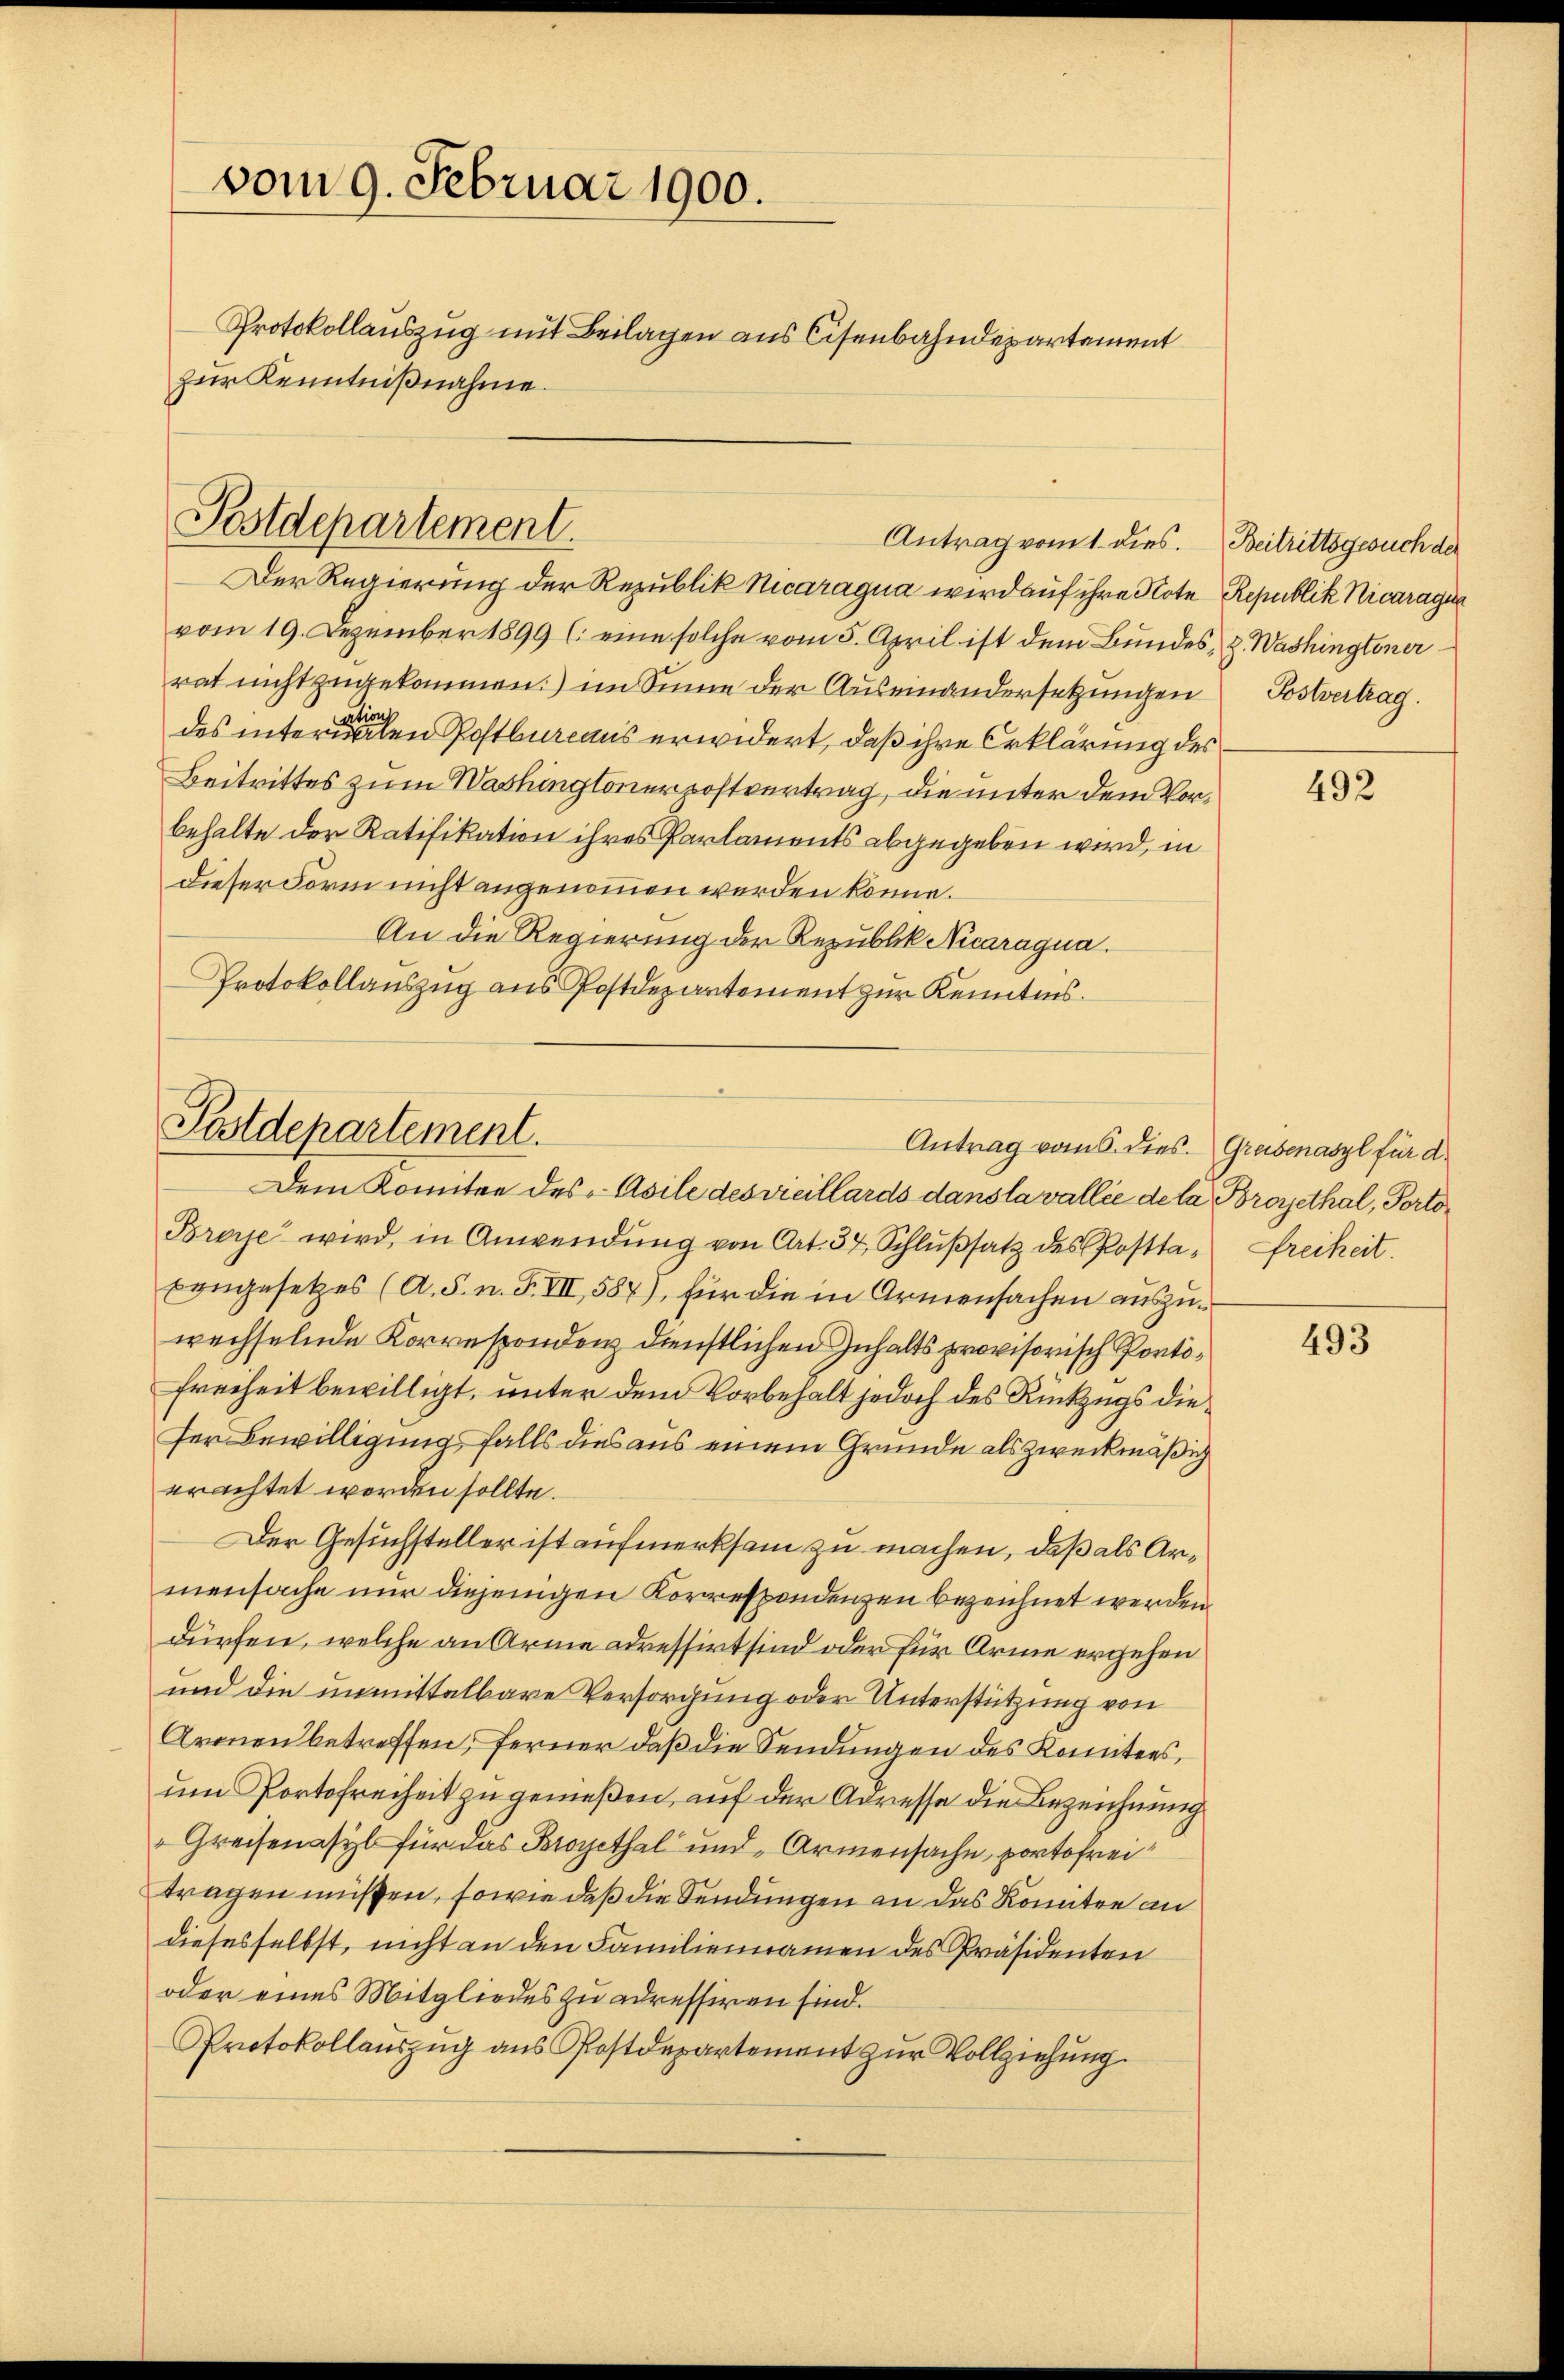
vom 9. Februar 1900.
Protokollauszug mit Beilagen aus Cisenbahndepartement
zur Kenntnißnahme.

Postdepartement.

Der Regierung der Republik Nicaragua wird auf ihre Note Republik Nicaragun
vom 19. Dezember 1899 (: eine solche vom 5. April ist dem Bundes, z. Washingtoner
rat nicht zugekommen) im Sinne der Auseinandersetzungen Postvertrag.
des inter den Postbureaus erwidert, daß ihre Erklärung des
Beitrittes zum Washingtonerostvertrag, die unter dem Vorbehalte der Ratifikation ihres Parlaments abgegeben wird, in
dieser Form nicht angenommen werden könne.
An die Regierung der Republik Nicaragua.
Protokollauszug aus Postdepartement zur Kenntnis.

Dem Komitee des Asile des vicillards dans la vallée de la Broyethal, Porto¬
Brere wird, in Anwendŭng von Art. 34, Schlŭβsatz des Postta- Freiheit.
Eingesetzes (A. S. n. F. VII, 587), für die in Armensachen auszuwechselnde Korrespondenz dienstlichen Inhalts provisorisch Porto¬
Freiheit bewilligt, unter dem Vorbehalt jedoch des Rückzugs die¬
Der Bewilligung falls dies aus einem Grunde als zweckmäßig
erachtet worden sollte.
Der Gesuchsteller ist aufmerksam zu machen, daß als Armensache nur diejenigen Korrespondenzen bezeichnet werden.
dürfen, welche an Arme ressirt sind oder für Arme ergehen
und die unmittelbare Versorgung oder Unterstützung von
Armen betreffen, ferner daß die Sendungen des Komitees,
um Portofreiheit zu gemeßen, auf der Adresse die Bezeichnung
Greisenasyl für das Brogithal und Armensache, portofrei
tragen müssen, sowie daß die Sendungen an das Komitee an
diesesselbst, nicht an den Familiennamen des Präsidenten
oder eines Mitgliedes zu adressiren sind.
Protokollauszug aus Postdepartement zur Vollziehung.

Antrag vom 1. dies. Beitrittsgesuch der

Postdepartement.

Antrag vom 6. dies. Greisenasyl für d.

492

493